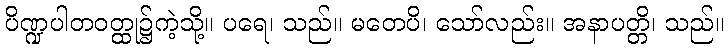
ပိဏ္ဍပါတဝတ္ထု၌ကဲ့သို့။ ပရေ၊ သည်။ မတေပိ၊ သော်လည်း။ အနာပတ္တိ၊ သည်။